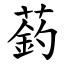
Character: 䔙